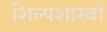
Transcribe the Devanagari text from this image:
शिल्पशास्त्रो